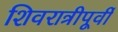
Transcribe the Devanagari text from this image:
शिवरात्रीपूर्वी